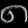
Digit: ၈